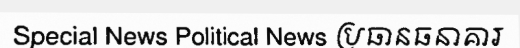
Special News Political News ប្រធានធនាគារ